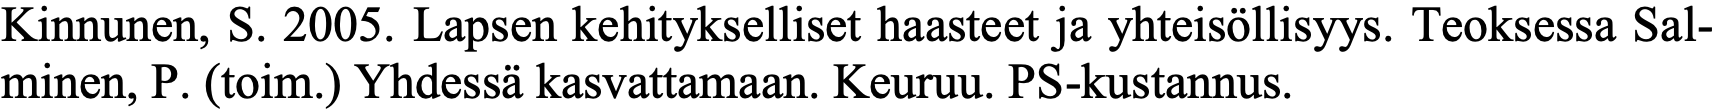
Kinnunen, S. 2005. Lapsen kehitykselliset haasteet ja yhteisöllisyys. Teoksessa Sal- minen, P. (toim.) Yhdessä kasvattamaan. Keuruu. PS-kustannus.